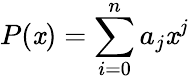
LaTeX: P(\mathit{x})=\sum\limits_{i=0}^{n}a_{j}\mathit{x}^{j}